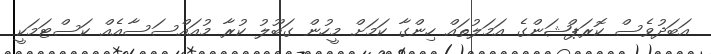
އަބަދުވެސް ކޮރަޕްޝަންގެ އަމަލުތައް ހިންގާ ކަމަށް މީހުން ގަބޫލު ކުރާ މުއައްސަސާއެއް ކަސްޓަމަކީ